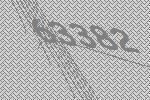
63382